Indian journal of veterinary science and animal husbandry - Volume 3,
Year: 1933
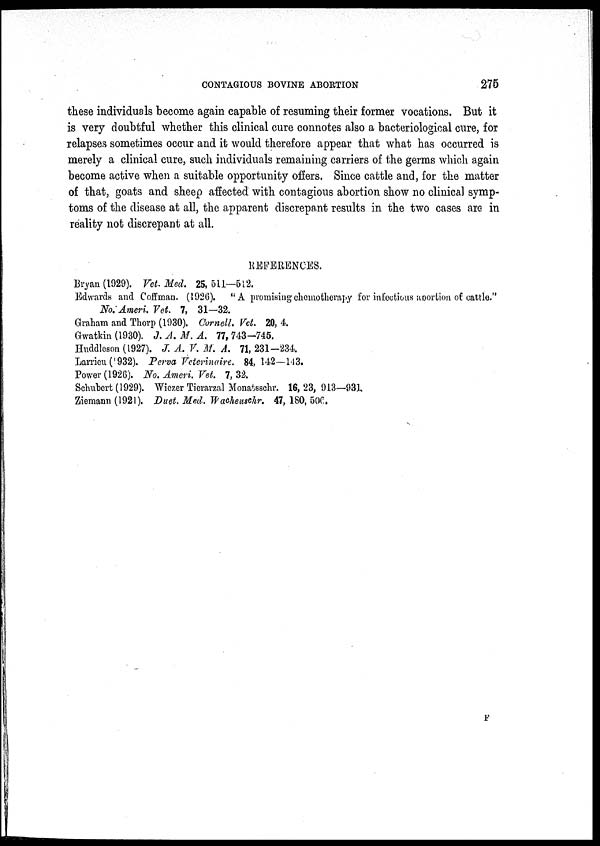
CONTAGIOUS BOVINE ABORTION
275
these individuals become again capable of resuming their former vocations. But it
is very doubtful whether this clinical cure connotes also a bacteriological cure, for
relapses sometimes occur and it would therefore appear that what has occurred is
merely a clinical cure, such individuals remaining carriers of the germs which again
become active when a suitable opportunity offers. Since cattle and, for the matter
of that, goats and sheep affected with contagious abortion show no clinical symp-
toms of the disease at all, the apparent discrepant results in the two cases are in
reality not discrepant at all.
REFERENCES.
Bryan (1929). Vet. Med. 25, 511—512.
Edwards and Coffman. (1926). "A promising chemotherapy for infections aportion of cattle."
No. Ameri. Vet. 7, 31—32.
Graham and Thorp (1930). Cornell. Vet. 20, 4.
Gwatkin (1930). J. A. M. A. 77, 743-745.
Huddleson (1927). J. A. V. M. A. 71, 231-234.
Larrieu(1932). Perva Veterinaire. 84, 142—143.
Power (1926). No. Ameri. Vet. 7, 32.
Schubert (1929). Wiezer Tierarzal Monatsschr. 16, 23, 913—931.
Ziemann (1921). Duet. Med. Wacheuschr. 47, 180, 506.
F